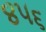
૪૫૬